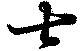
士